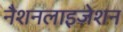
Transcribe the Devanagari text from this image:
नैशनलाइज़ेशन